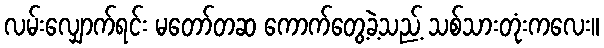
လမ်းလျှောက်ရင်း မတော်တဆ ကောက်တွေ့ခဲ့သည့် သစ်သားတုံးကလေး။